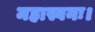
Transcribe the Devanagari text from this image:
महास्वनः।